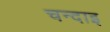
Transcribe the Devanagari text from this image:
चन्दाइ